Vaccination United Provinces of Agra and Oudh 1902-1913 - 1902-1913
Year: 1902
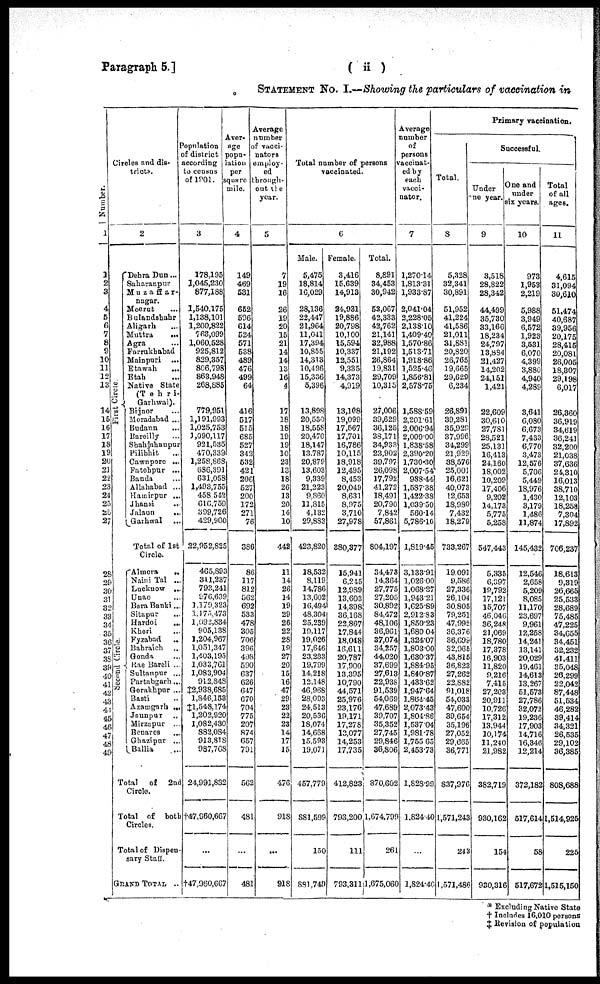
Paragraph 5.]
( ii )
STATEMENT No. I.—Showing the particulars of vaccination in
Number.
1
1
2
3
4
5
6
7
8
9
10
11
12
13
14
15
16
17
18
19
20
21
22
23
24
25
26
27
28
29
30
31
32
33
34
35
36
37
38
39
40
41
42
43
44
45
46
47
48
49
Circles and dis-
tricts.
2
First Circle.
Dehra Dun ...
Saharanpur ...
Muzaffar¬
nagar.
Meerut ...
Bulandshahr ...
Aligarh ...
Muttra
...
Agra ...
Farrukhabad ...
Mainpuri ...
Etawah
...
Etah ...
Native State
(Tehri-
Garhwal).
Bijnor ...
Moradabad ...
Budaun ...
Bareilly ...
Shahjahanpur ...
Pilibhit
...
Cawnpore ...
Fatehpur ...
Banda ...
Allahabad ...
Hamirpur ...
Jhansi
...
Jalaun
...
Garhwal ...
Total of 1st
Circle.
Second Circle.
Almora
..
Naini Tal ...
Lucknow ...
Unao ...
Bara Banki ...
Sitapur ...
Hardoi
...
Kheri
...
Fyzabad ...
Bahraich ...
Gonda ...
Rae Bareli ...
Sultanpur ...
Partabgarh ...
Gorakhpur ...
Basti ...
Azamgarh ...
Jaunpur ...
Mirzapur ...
Benares ...
Ghazipur ...
Ballia ...
Total
of 2nd
Circle.
Total of both
Circles.
Total of Dispen-
sary Staff.
GRAND TOTAL ...
Population
of district
according
to census
of 1901.
3
178,195
1,045,230
877,188
1,540,175
1,138,101
1,200,822
763,099
1,060,528
925,812
829,357
806,798
863,948
268,885
779,951
1,191,993
1,025,753
1,090,117
931,535
470,339
1,258,868
686,391
631,058
1,493,755
458,542
616,759
399,726
429,900
22,952,825
465,893
311,237
793,241
976,639
1,179,323
1,175,473
1,092,834
905,138
1,204,967
1,051,347
1,403,195
1,033,761
1,083,904
912,848
‡2,938,685
1,846,153
‡1,548,174
1,202,920
1,082,430
882,084
913,818
987,768
24,991,832
†47,960,667
...
†47,960,667
Aver-
age
popu¬
lation
per
square
mile.
4
149
469
531
652
596
614
524
571
538
489
476
499
64
416
517
515
685
527
342
532
421
206
527
200
172
271
76
386
86
117
812
562
692
533
478
305
706
396
498
590
637
626
647
670
704
775
207
874
657
791
562
481
...
481
Average
number
of vacci¬
nators
employ-
ed
through¬
out the
year.
5
7
19
16
26
19
20
15
21
14
14
13
16
4
17
18
18
19
19
10
23
13
18
26
13
20
14
10
442
11
14
26
14
19
29
26
22
28
19
27
20
15
16
47
29
23
22
23
14
17
15
476
918
...
918
Total number of persons
vaccinated.
6
Male.
5,475
18,814
16,029
28,136
22,447
21,964
11,041
17,394
10,855
14,313
10,496
15,336
5,396
13,898
20,530
18,558
20,470
18,147
13,787
20,879
13,603
9,339
21,223
9,860
11,815
4,132
29,883
423,820
18,532
8,119
14,786
13,602
16,494
48,304
25,239
19,117
19,026
17,646
23,233
19,799
14,218
12,148
46,968
28,093
24,513
20,536
18,074
14,668
15,593
19,071
457,779
881,599
150
881,749
Female.
3,416
15,639
14,913
24,931
19,886
20,798
10,100
15,594
10,337
12,551
9,335
14,373
4,919
13,108
19,099
17,567
17,701
16,786
10,115
18,918
12,495
8,453
20,049
8,631
8,975
3,710
27,978
380,377
15,941
6,245
12,989
13,603
14,398
36,168
22,867
17,844
18,048
16,611
20,787
17,900
13,395
10,790
44,571
25,976
23,176
19,171
17,278
13,077
14,253
17,735
412,823
793,200
111
793,311
Total.
8,891
34,453
30,942
53,067
42,333
42,762
21,141
32,988
21,192
26,864
19,831
29,709
10,315
27,006
39,629
36,125
38,171
34,933
23,902
39,797
26,098
17,792
41,272
18,491
20,790
7,842
57,861
804,197
34,473
14,364
27,775
27,205
30,892
84,472
48,106
36,961
37,074
34,257
44,020
37,699
27,613
22,938
91,539
54,069
47,689
39,707
35,352
27,745
29,846
36,806
870,602
1,674,799
261
1,675,060
Average
number
of
persons
vaccinat¬
ed by
each
vacci¬
nator.
7
1,270.14
1,813.31
1,933.87
2,041.04
2,228.05
2,138.10
1,409.40
1,570.86
1,513.71
1,918.86
1,525.46
1,856.81
2,578.75
1,588.59
2,201.61
2,006.94
2,009.00
1,838.58
2,390.20
1,730.30
2,007.54
988.44
1,587.38
1,422.38
1,039.50
560.14
5,786.10
1,819.45
3,133.91
1,026.00
1,068.27
1,943.21
1,625.89
2,912.83
1,850.23
1,680.04
1,324.07
1,803.00
1,630.37
1,884.95
1,840.87
1,433.62
1,947.64
1,864.45
2,073.43
1,804.86
1,537.04
1,981.78
1,755.65
2,453.73
1,828.99
1,824.40
...
1,824.40
Primary vaccination.
Total.
8
5,328
32,341
30,891
51,952
41,224
41,586
21,011
31,881
20,820
26,765
19,665
29,629
6,234
26,891
39,281
35,929
37,996
34,299
21,929
38,576
25,001
16,621
40,073
12,653
18,980
7,432
18,279
733,267
19,091
9,586
27,336
26,104
30,805
79,251
47,992
36,376
36,699
32,965
43,815
36,823
27,262
22,882
91,018
54,033
47,600
39,654
35,196
27,052
29,665
36,771
837,976
1,571,243
243
1,571,486
Successful.
Under
One year.
9
3,518
28,822
28,342
44,499
35,730
33,166
18,234
24,797
13,884
21,427
14,202
24,151
1,421
22,609
30,610
27,781
28,521
25,131
16,413
24,160
18,002
10,209
17,406
9,202
14,173
5,775
5,258
547,443
5,335
6,397
19,792
17,121
15,707
46,046
36,248
21,069
18,780
17,378
16,903
11,820
9,216
7,415
27,203
20,911
10,726
17,312
13,944
10,174
11,240
21,982
382,719
930,162
154
930,316
One and
under
six years.
10
973
1,953
2,219
5,988
3,949
6,572
1,923
3,531
6,070
4,399
3,880
4,940
4,289
3,641
6,080
6,673
7,433
6,770
3,473
12,576
5,706
5,449
18,976
1,430
3,179
1,486
11,874
145,432
12,546
2,658
5,209
8,085
11,170
23,697
9,961
12,258
14,241
13,141
20,029
19,461
14,613
13,267
51,573
27,786
32,072
19,236
17,903
14,716
16,346
12,214
372,182
517,614
58
517,672
Total
of all
ages.
11
4,615
31,094
30,610
51,474
40,687
39,956
20,175
28,415
20,081
26,005
18,307
29,198
6,017
26,360
36,919
34,619
36,241
32,200
21,038
37,636
24,310
16,013
38,710
12,103
18,258
7,304
17,892
706,237
18,613
9,319
26,665
25,533
28,689
75,485
47,225
34,655
34,451
32,232
41,411
35,048
26,299
22,042
87,448
51,534
46,282
39,414
34,321
26,535
29,102
36,385
808,688
1,514,925
225
1,515,150
* Excluding Native State
† Includes 16,010 persons
‡ Revision of population